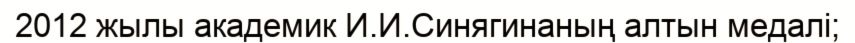
2012 жылы академик И.И.Синягинаның алтын медалі;